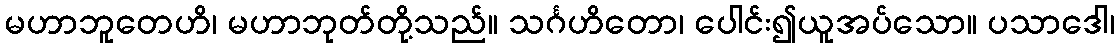
မဟာဘူတေဟိ၊ မဟာဘုတ်တို့သည်။ သင်္ဂဟိတော၊ ပေါင်း၍ယူအပ်သော။ ပသာဒေါ၊